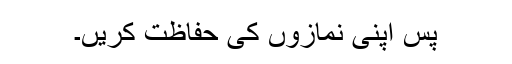
پس اپنی نمازوں کی حفاظت کریں۔